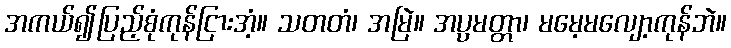
အကယ်၍ပြည့်စုံကုန်ငြားအံ့။ သတတံ၊ အမြဲ။ အပ္ပမတ္တာ၊ မမေ့မလျော့ကုန်ဘဲ။